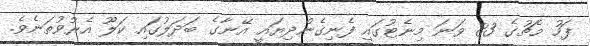
ފަހު މެޗުގެ 83 ވަނަ މިނެޓުގައި ފެނިގެންދިޔައީ އޭނާގެ ބަދަލުގައި ކަލޫ އެރުވުތަނެވެ.